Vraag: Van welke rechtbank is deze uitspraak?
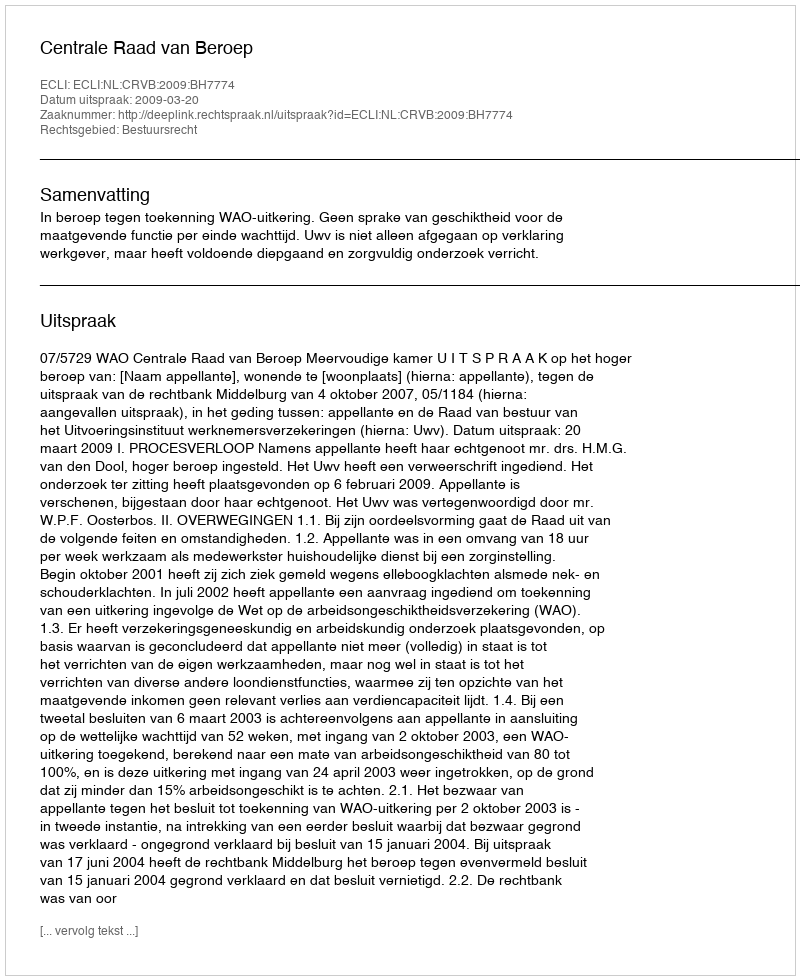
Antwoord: Centrale Raad van Beroep